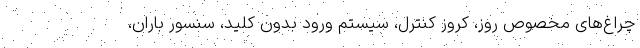
چراغ‌های مخصوص روز، کروز کنترل، سیستم ورود بدون کلید، سنسور باران،